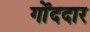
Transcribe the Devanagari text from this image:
गोँददार